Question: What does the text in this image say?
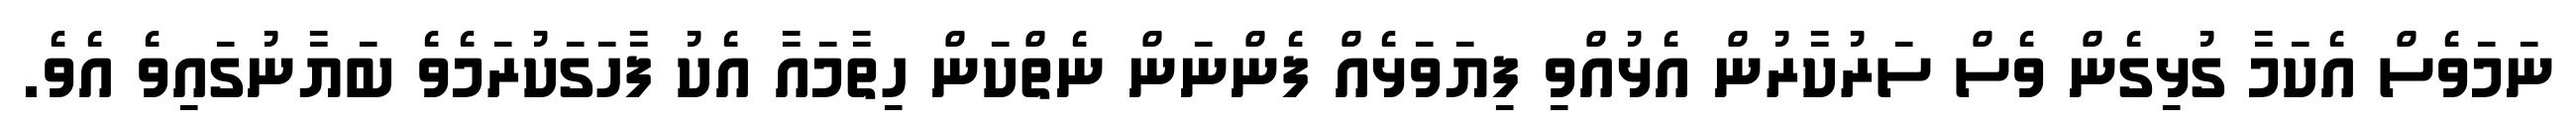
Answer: ނަމަވެސް އެކަމާ ގުޅިގެން ވެސް ސަރުކާރުން އެޅުއްވި ފިޔަވަޅެއް ފެންނަން ނެތްކަން ހިތާމައާ އެކު ފާހަގަކުރަމެވެ ބަޔާނުގައިވެ އެވެ.